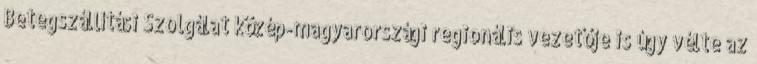
Betegszállítási Szolgálat közép-magyarországi regionális vezetője is úgy vélte az